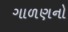
ગાળણનો